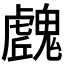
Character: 𩴛